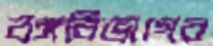
বঙ্গবিভাগের